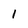
Character: l